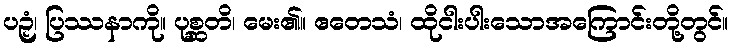
ပဉှံ၊ ပြဿနာကို။ ပုစ္ဆတိ၊ မေး၏။ ဧတေသံ၊ ထိုငါးပါးသောအကြောင်းတို့တွင်။